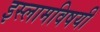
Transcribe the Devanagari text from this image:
इस्लामविषयी